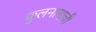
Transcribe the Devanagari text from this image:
कुलनामाची